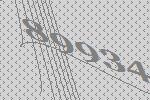
89934